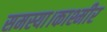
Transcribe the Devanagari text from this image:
समस्या।काश्मीर